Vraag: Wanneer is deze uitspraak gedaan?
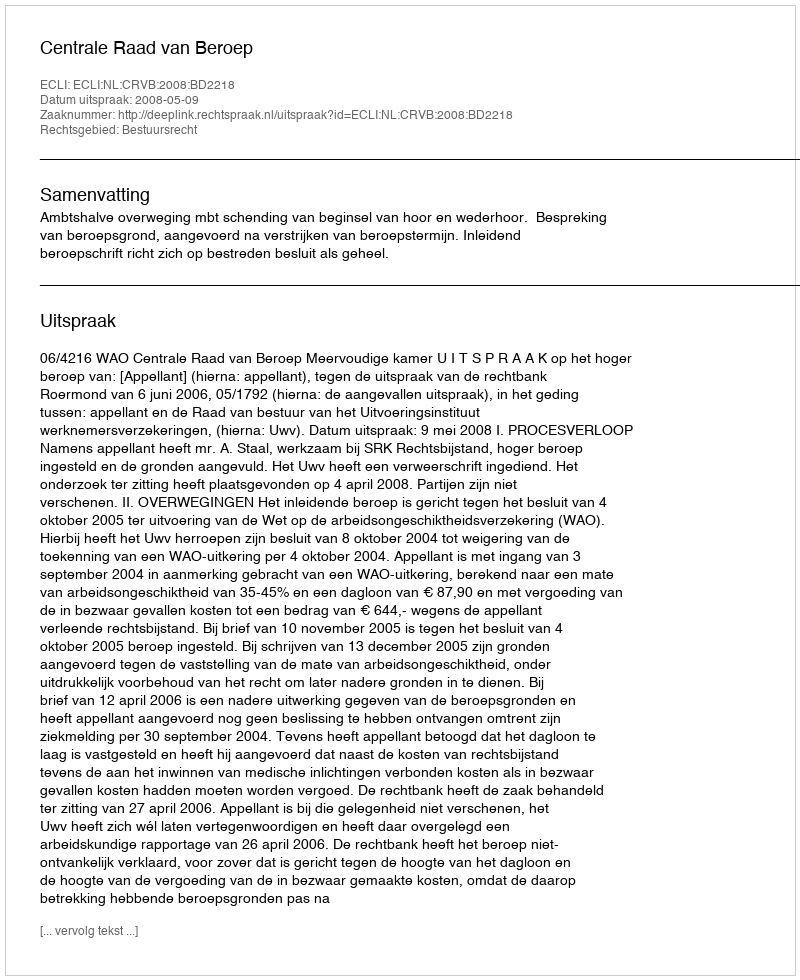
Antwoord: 2008-05-09